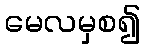
မေလမှစ၍